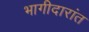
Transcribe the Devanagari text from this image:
भागीदारांत